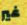
غير